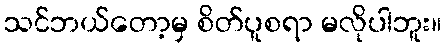
သင်ဘယ်တော့မှ စိတ်ပူစရာ မလိုပါဘူး။